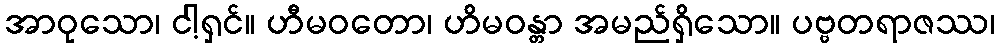
အာဝုသော၊ ငါ့ရှင်။ ဟီမဝတော၊ ဟိမဝန္တာ အမည်ရှိသော။ ပဗ္ဗတရာဇဿ၊